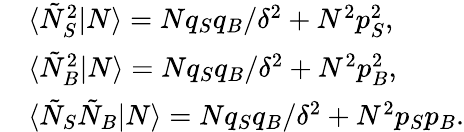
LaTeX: \begin{array}{rl}&{\langle\tilde{N}_{S}^{2}|N\rangle=Nq_{S}q_{B}/\delta^{2}+N^{2}p_{S}^{2},}\\ &{\langle\tilde{N}_{B}^{2}|N\rangle=Nq_{S}q_{B}/\delta^{2}+N^{2}p_{B}^{2},}\\ &{\langle\tilde{N}_{S}\tilde{N}_{B}|N\rangle=Nq_{S}q_{B}/\delta^{2}+N^{2}p_{S}p_{B}.}\end{array}